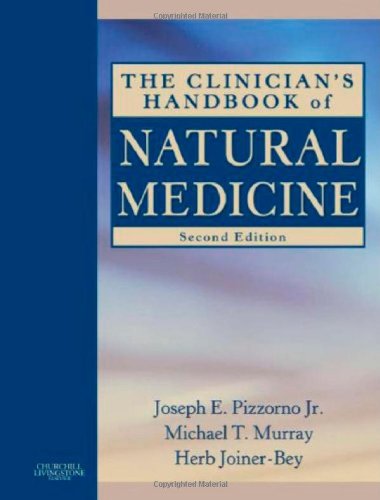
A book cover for The Clinician's Handbook of Natural Medicine, 2e (Verhandelingen der Koninklijke Nederlandse Akademie van Wetenschappen, Afd. Letterkunde, Nieuwe Reeks); Joseph E. Pizzorno Jr. ND; Health, Fitness & Dieting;